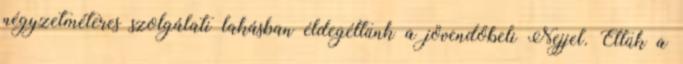
négyzetméteres szolgálati lakásban éldegéltünk a jövendőbeli Nejjel. Éltük a